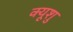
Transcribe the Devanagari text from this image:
क्यूशु